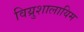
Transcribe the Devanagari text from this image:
विय्रुशालायिम